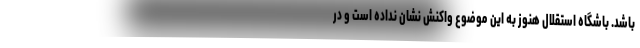
باشد. باشگاه استقلال هنوز به این موضوع واکنش نشان نداده است و در